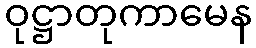
ဝုဋ္ဌာတုကာမေန